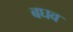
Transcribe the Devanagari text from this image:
बघव